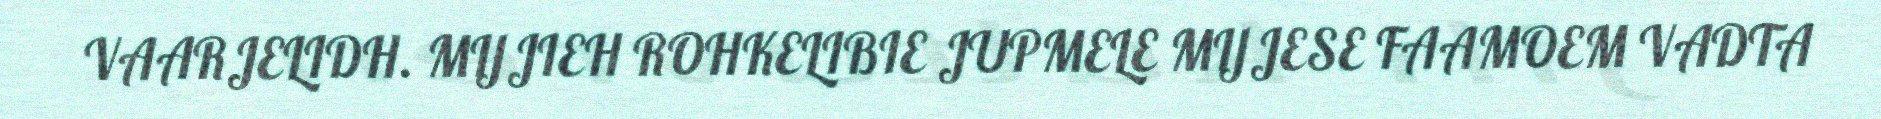
VAARJELIDH. MIJJIEH ROHKELIBIE JUPMELE MIJJESE FAAMOEM VADTA